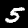
Digit: 5